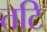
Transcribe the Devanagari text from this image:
तटि